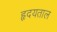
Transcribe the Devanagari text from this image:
हृदयताल